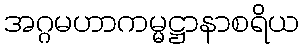
အဂ္ဂမဟာကမ္မဋ္ဌာနာစရိယ